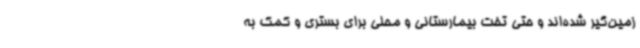
زمین‌گیر شده‌اند و حتی تخت بیمارستانی و محلی برای بستری و کمک به